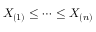
X _ { ( 1 ) } \leq \dots \leq X _ { ( n ) }